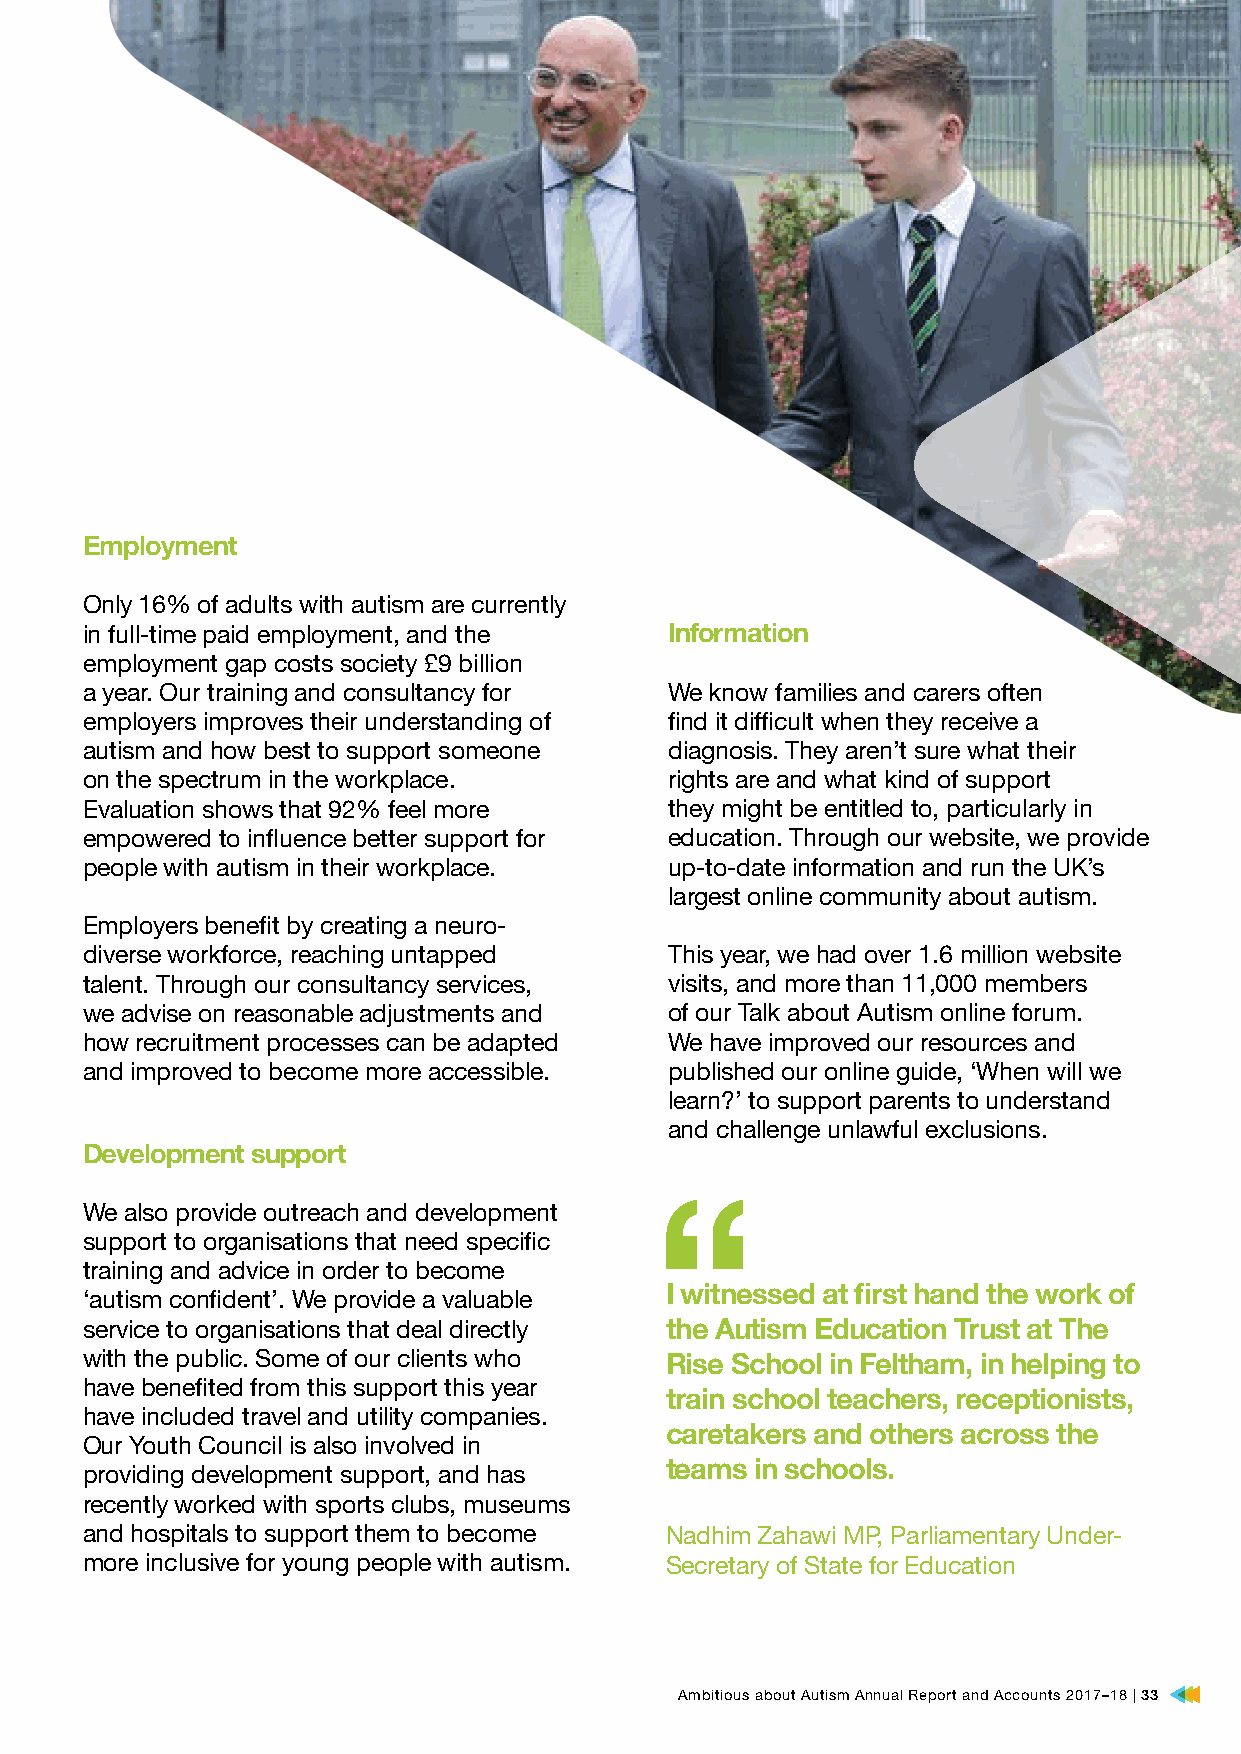
Employment
 Only 16% of adults with autism are currently
 in full-time paid employment, and the  Information
 employment gap costs society £9 billion
 a year. Our training and consultancy for We know families and carers often
 employers improves their understanding of find it difficult when they receive a
 autism and how best to support someone diagnosis. They aren’t sure what their
 on the spectrum in the workplace.      rights are and what kind of support
 Evaluation shows that 92% feel more    they might be entitled to, particularly in
 empowered to influence better support for education. Through our website, we provide
 people with autism in their workplace. up-to-date information and run the UK’s
 largest online community about autism.
 Employers benefit by creating a neuro-
 diverse workforce, reaching untapped   This year, we had over 1.6 million website
 talent. Through our consultancy services, visits, and more than 11,000 members
 we advise on reasonable adjustments and of our Talk about Autism online forum.
 how recruitment processes can be adapted We have improved our resources and
 and improved to become more accessible. published our online guide, ‘When will we
 learn?’ to support parents to understand
 and challenge unlawful exclusions.
 Development support
 We also provide outreach and development
 support to organisations that need specific “
 training and advice in order to become
 I witnessed at first hand the work of
 ‘autism confident’. We provide a valuable
 service to organisations that deal directly the Autism Education Trust at The
 with the public. Some of our clients who Rise School in Feltham, in helping to
 have benefited from this support this year
 train school teachers, receptionists,
 have included travel and utility companies.
 caretakers and others across the
 Our Youth Council is also involved in
 teams in schools.
 providing development support, and has
 recently worked with sports clubs, museums
 and hospitals to support them to become Nadhim Zahawi MP, Parliamentary Under-
 more inclusive for young people with autism. Secretary of State for Education
 Ambitious about Autism Annual Report and Accounts 2017–18 | 33